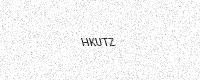
Text: HKUTZ